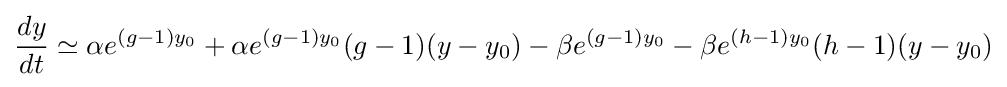
{\frac {dy}{dt}}\simeq \alpha e^{(g-1)y_{0}}+\alpha e^{(g-1)y_{0}}(g-1)(y-y_{0})-\beta e^{(g-1)y_{0}}-\beta e^{(h-1)y_{0}}(h-1)(y-y_{0})